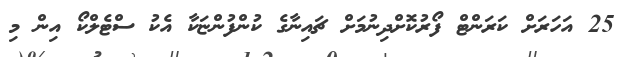
25 އަހަރަށް ކަރަންޓް ފޯރުކޮށްދިނުމަށް ޗައިނާގެ ކުންފުންޏަކާ އެކު ސްޓެލްކޯ އިން މި